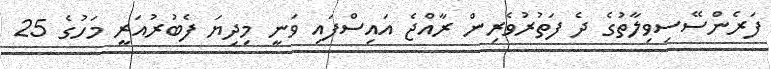
ފަރެންސޭސިވިލާތުގެ ދެ ފަތުރުވެރިން ރާއްޖެ އައިސްފައި ވަނީ މިދިޔަ ފެބުރުއަރީ މަހުގެ 25